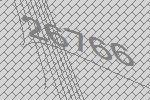
26766